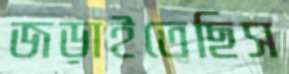
জড়াইতেছিস